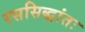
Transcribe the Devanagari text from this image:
रससिद्धांतः